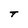
Character: T